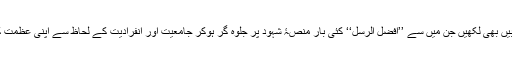
آپ نے بہت سی کتابیں بھی لکھیں جن میں سے ’’افضل الرُسل‘‘ کئی بار منصۂ شہود پر جلوہ گر ہوکر جامعیت اور انفرادیّت کے لحاظ سے اپنی عظمت کا لوہا منواچکی ہے۔